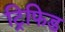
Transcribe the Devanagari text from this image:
ट्रिफिड